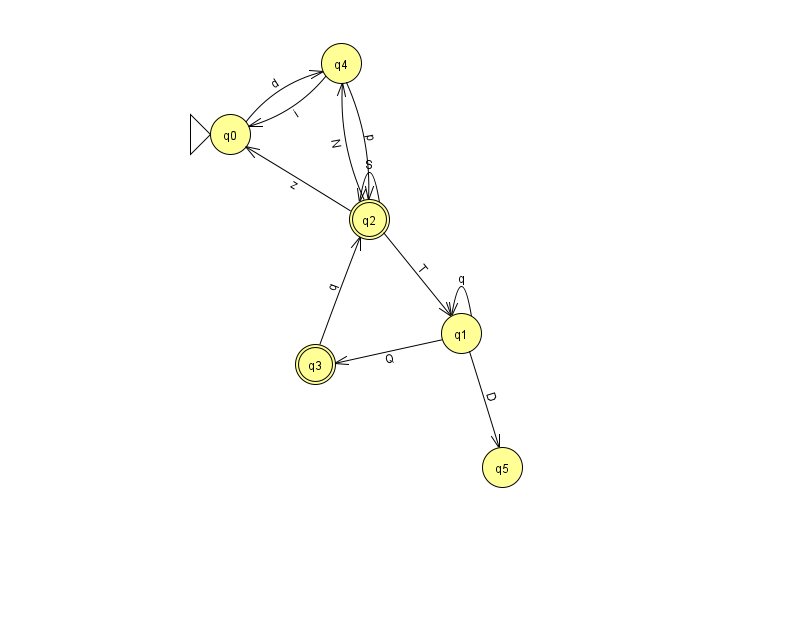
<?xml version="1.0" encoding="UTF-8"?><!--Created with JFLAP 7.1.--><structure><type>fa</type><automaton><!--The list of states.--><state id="0" name="q0"><x>230.0</x><y>121.0</y><initial/></state><state id="1" name="q1"><x>461.0</x><y>320.0</y></state><state id="2" name="q2"><x>369.0</x><y>206.0</y><final/></state><state id="3" name="q3"><x>315.0</x><y>351.0</y><final/></state><state id="4" name="q4"><x>341.0</x><y>50.0</y></state><state id="5" name="q5"><x>502.0</x><y>454.0</y></state><!--The list of transitions.--><transition><from>1</from><to>5</to><read>D</read></transition><transition><from>1</from><to>1</to><read>q</read></transition><transition><from>2</from><to>4</to><read>N</read></transition><transition><from>2</from><to>2</to><read>S</read></transition><transition><from>2</from><to>0</to><read>z</read></transition><transition><from>2</from><to>1</to><read>T</read></transition><transition><from>0</from><to>4</to><read>d</read></transition><transition><from>1</from><to>3</to><read>Q</read></transition><transition><from>4</from><to>0</to><read>i</read></transition><transition><from>3</from><to>2</to><read>q</read></transition><transition><from>4</from><to>2</to><read>p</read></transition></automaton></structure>